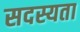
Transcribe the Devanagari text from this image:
सदस्यता